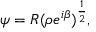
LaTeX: \psi = R ( \rho e ^ { i \beta } ) ^ { \frac { 1 } { 2 } } ,